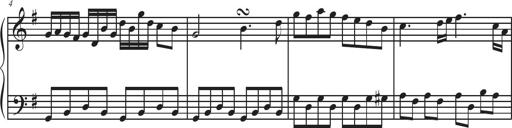
Title: Sonatina Espania
Composer: Jerald Franklin Archer
Key: Various